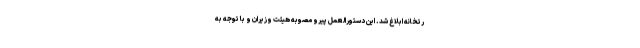
رتخانه ابلاغ شد. این دستورالعمل پیرو مصوبه هیئت وزیران و با توجه به